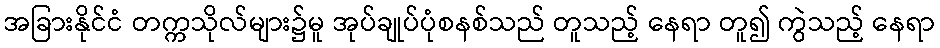
အခြားနိုင်ငံ တက္ကသိုလ်များ၌မူ အုပ်ချုပ်ပုံစနစ်သည် တူသည့် နေရာ တူ၍ ကွဲသည့် နေရာ